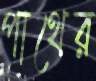
পাথের